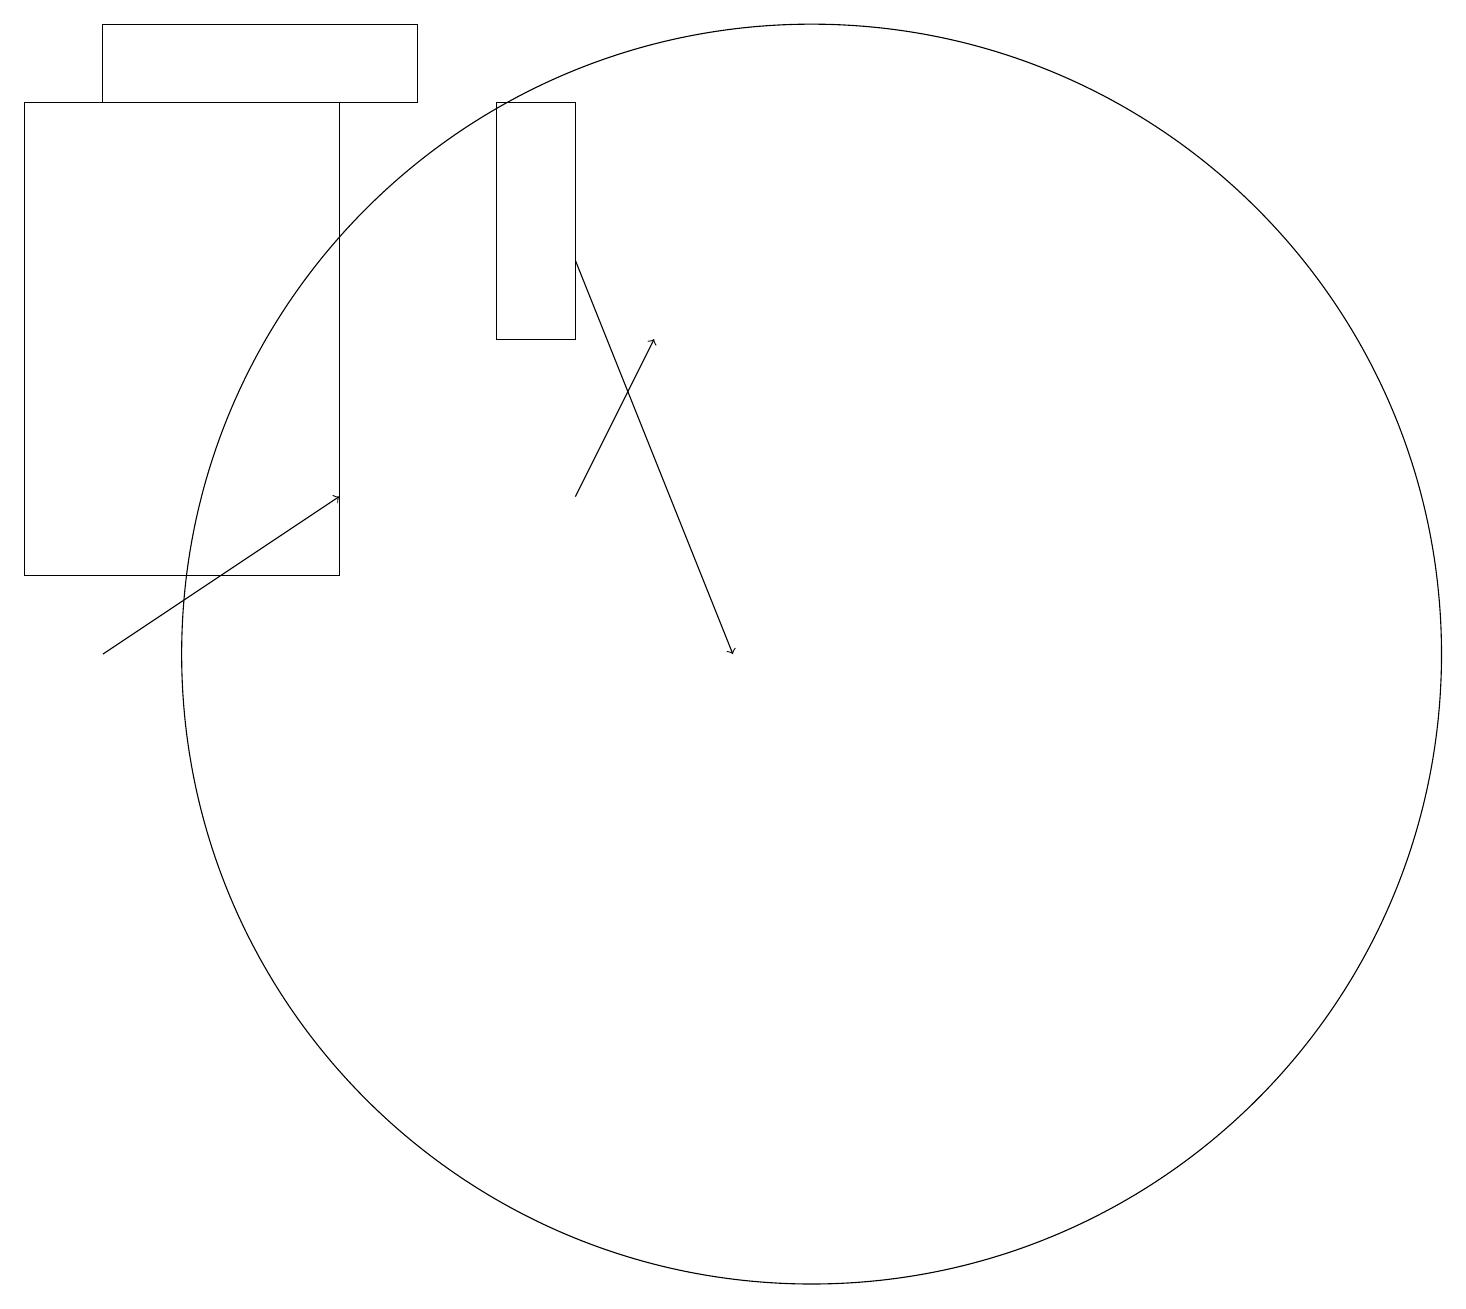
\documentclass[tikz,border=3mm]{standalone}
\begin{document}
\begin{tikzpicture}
\draw[->] (1,11) -- (4,13);
\draw (7,18) rectangle (6,15);
\draw (10,11) circle (8);
\draw (1,19) rectangle (5,18);
\draw[->] (7,16) -- (9,11);
\draw (0,18) rectangle (4,12);
\draw[->] (7,13) -- (8,15);
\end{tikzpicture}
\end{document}